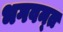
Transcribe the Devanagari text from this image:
भगवन्‍त